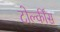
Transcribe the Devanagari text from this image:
टोल्कींस